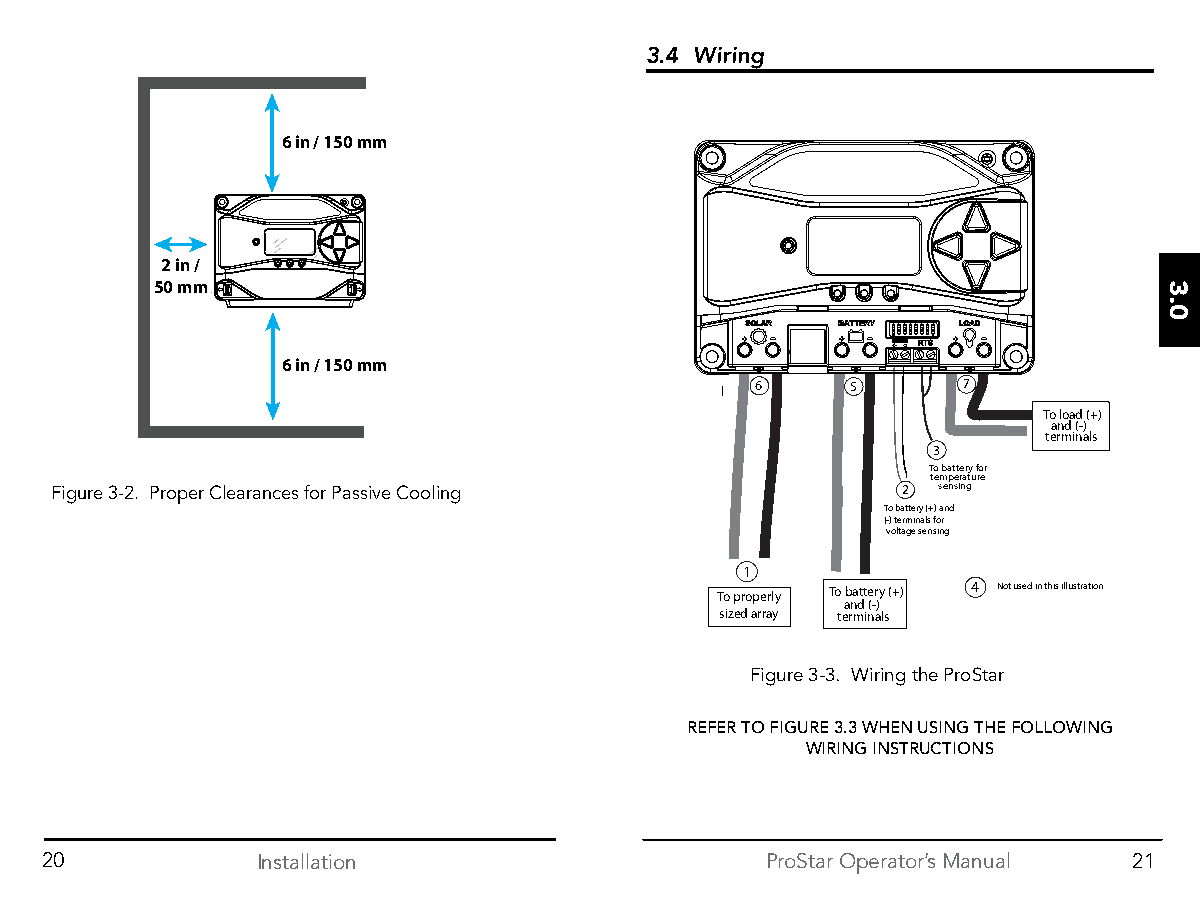
3.4 Wiring
 6 in / 150 mm
 2 in /
 50 mm
 6 in / 150 mm
 6     5       7
 To load (+)
 and (-)
 terminals
 3
 To battery for
 temperature
 Figure 3-2. Proper Clearances for Passive Cooling        2 sensing
 To battery (+) and
 (-) terminals for
 voltage sensing
 1
 To properly To battery (+) 4 Not used in this illustration
 and (-)
 sized array terminals
 Figure 3-3. Wiring the ProStar
 REFER TO FIGURE 3.3 WHEN USING THE FOLLOWING
 WIRING INSTRUCTIONS
 20            Installation                      ProStar Operator’s Manual 21
 3.0